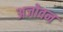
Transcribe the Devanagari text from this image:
अजोवन